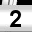
Digit: 2